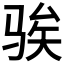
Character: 𫘤